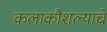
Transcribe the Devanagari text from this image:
कलाकौशल्याचे